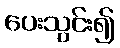
ပေးသွင်း၍